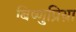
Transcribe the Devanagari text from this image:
बिष्णुप्रिय़ा